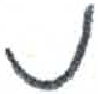
אות: נ